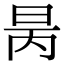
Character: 昺